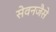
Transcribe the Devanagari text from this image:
सेवनजैसे